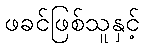
ဖခင်ဖြစ်သူနှင့်